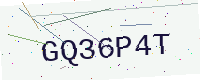
Text: GQ36P4T